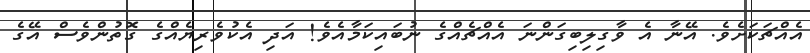
އެއްޗަކަށެވެ. އޭނާ އެ ވާގިލިބިގަންނަ އެއްޗެއްގެ ނުބައިކަމާއެވެ! އަދި އެކުވެރިޔެއްގެ ގޮތުންވެސް އޭގެ